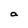
Character: a